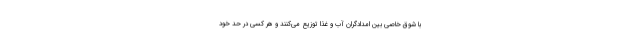
با شوق خاصی بین امدادگران آب و غذا توزیع می‌کنند و هر کسی در حد خود